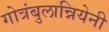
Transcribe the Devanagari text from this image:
गोत्रंबुलान्नियेनी